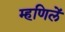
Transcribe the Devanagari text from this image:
म्हणिलें